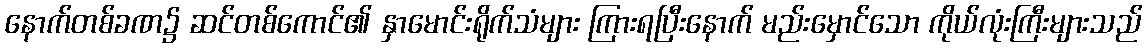
နောက်တစ်ခဏ၌ ဆင်တစ်ကောင်၏ နှာမောင်းရိုက်သံများ ကြားရပြီးနောက် မည်းမှောင်သော ကိုယ်လုံးကြီးများသည်